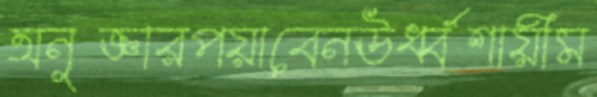
অনুজ্ঞারপয়াবেনঊর্ধ্বশায়ীম